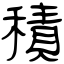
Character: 積